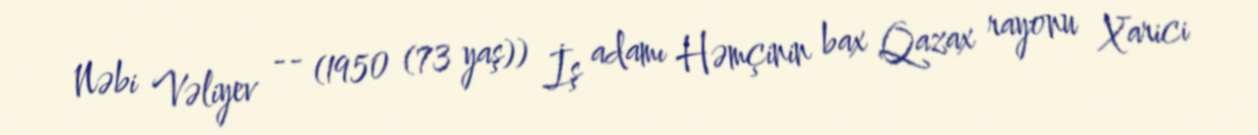
Nəbi Vəliyev -- (1950 (73 yaş)) İş adamı Həmçinin bax Qazax rayonu Xarici